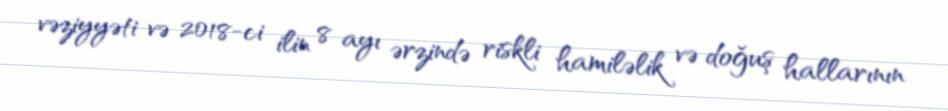
vəziyyəti və 2018-ci ilin 8 ayı ərzində riskli hamiləlik və doğuş hallarının